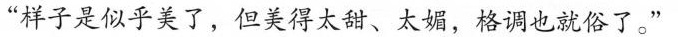
“样子是似乎美了，但美得太酷、太媚，格调也就俗了。"